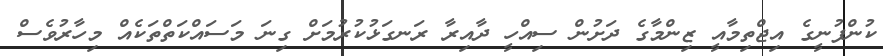
ކުންފުނީގެ އިޖްތިމާއީ ޒިންމާގެ ދަށުން ސިއްހީ ދާއިރާ ރަނގަޅުކުރުމަށް ގިނަ މަސައްކަތްތަކެއް މިހާރުވެސް